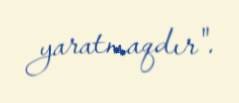
yaratmaqdır".